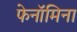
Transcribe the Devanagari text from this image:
फेनॉमिना